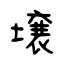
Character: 壌